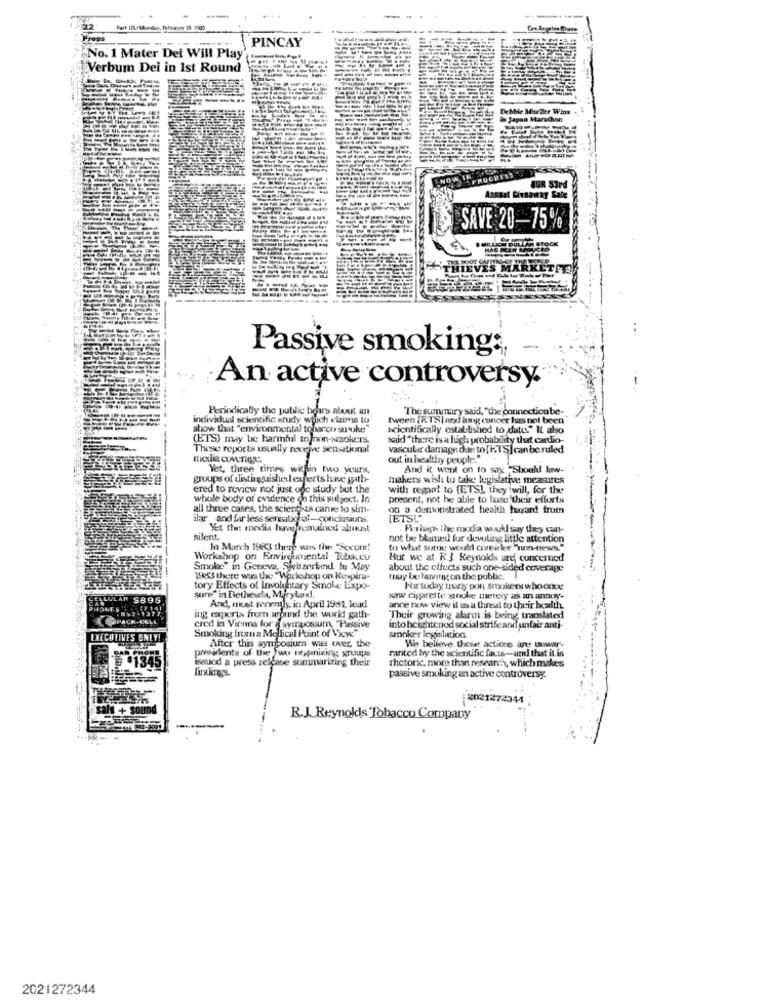
22
Progs
PINCAY
No. 1 Mater Dei Will Play
Verbum Dei in 1st Round
EN
Aannat Livnaway Sale
-------
SAVE 20-75%
MARKETFE
Passive smoking:
An active controversy.
Periodically the public bears about an
"The summary said,"the connection be-
individual scientific study which claims to
tween IR.TS| and bing cancer has not been
show that "environmental tobanco snooker"
scientifically established to date." It also
(ETS) muy be harmful to non-smokers.
said "there is a high probability that cardio-
These reports usually revejve sensational
vascular damage due to [HIS] canbe ruled
moi coverage.
out in healthy people."
Yet, three times within two years,
And it went on to say "Should low-
groups of distinguished experts have gath-
makers wish to take legislative measures
ered to review not just ode study but the
with regno! to [ETSI they will, for the
whole body of evidence oo this subject. In
present, not he able to buse their efforts
all three cases, the scientists canie to sim-
on a demonstrated health hazard from
ilar and far less sensatichat -- conclusionss.
IETS!"
Yet the: media have remained almust
Porhaps the media would say they can-
silent.
not be blamed fur devoting little attention
In March 1983 there was the "Socon!
to what sutne would comeiker "un-news."
Workshop on Envirgumental Tobacco
Hut we at R.J. Reynolds are concerned
Smoke" in Geneva, Switzerbind tu May
about the effects such one-sided coverage
1543 there was the "Workshop on Respira-
may be famvirgon the public.
tory Effects of Involuntary Smoke Expo-
Sure" in Bethesda, Mirykadi.
For today tony non smokers who onve
And, met recently, in April 19:1, lead
www cipreste anuke metely as an annoy-
ance now view it as a threat to their health
cred in Vinnna for a symposium, "Passive
ing experts from around the world gath-
"Their growing alarm is being translated
Smoking from a Mellical Point of View"
into heightened social strife and unfair anti-
smoker legislation.
prefirients of the Two oppinixing gruups
After this symposium was over, the
ranted by the scientific facts-and that it is
We believe these actions are unwar-
isauce a press release summarizing their
rhetoric, more than research, which makes
findlings.
passive smoking an active controversy.
2021272344
R.J. Reynolds Tobacco Company
2021272344